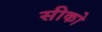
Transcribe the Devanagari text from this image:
सीको